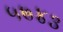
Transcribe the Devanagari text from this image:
५७४३